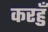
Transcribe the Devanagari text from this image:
करहुँ